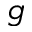
g